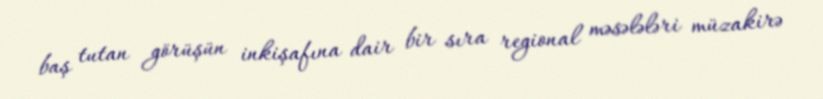
baş tutan görüşün inkişafına dair bir sıra regional məsələləri müzakirə